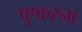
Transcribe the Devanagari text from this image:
पुष्करना